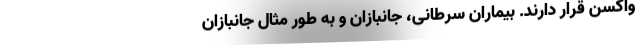
واکسن قرار دارند. بیماران سرطانی، جانبازان و به طور مثال جانبازان